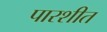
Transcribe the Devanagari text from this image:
पारशीत